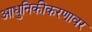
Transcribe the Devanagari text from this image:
आधुनिकीकरणावर